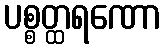
ပစ္စတ္ထရဏော